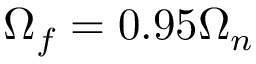
\Omega _ { f } = 0 . 9 5 \Omega _ { n }